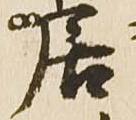
居